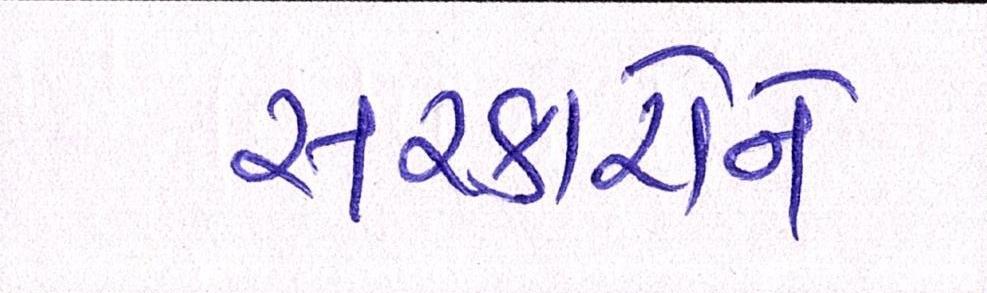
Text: સરકારોને